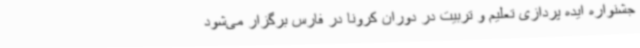
جشنواره ایده پردازی تعلیم و تربیت در دوران کرونا در فارس برگزار می‌شود